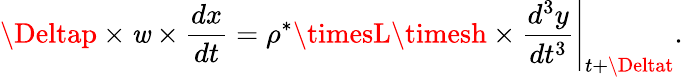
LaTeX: \Deltap\times\mathit{w}\times\frac{{dx}}{{dt}}=\rho^{*}\timesL\timesh\times\frac{{d^{3}y}}{{dt^{3}}}\Bigg\rvert_{t+\Deltat}.